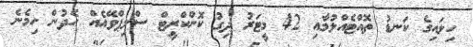
ހިލައިގެ ކަނޑު ތޮއްޓެއްލުމާއި 42 މީޓަރު ދިގު ކޮންކްރީޓް ސްލިޕްވޭއެއް ހެދުން ހިމެނެ